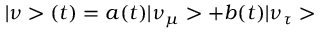
| \nu > ( t ) = a ( t ) | \nu _ { \mu } > + b ( t ) | \nu _ { \tau } >